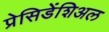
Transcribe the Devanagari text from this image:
प्रेसिडेंशिअल